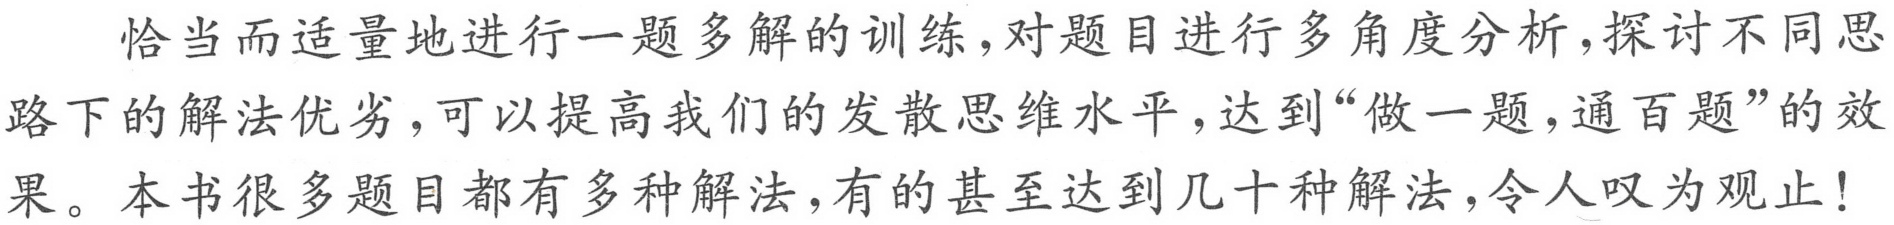
恰当而适量地进行一题多解的训练，对题目进行多角度分析，探讨不同思路下的解法优劣，可以提高我们的发散思维水平，达到“做一题，通百题”的效果。本书很多题目都有多种解法，有的甚至达到几十种解法，令人叹为观止！